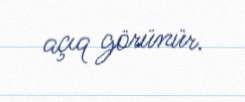
açıq görünür.